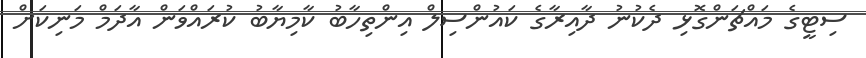
ސިޓީގެ މައްޗަންގޮޅި ދެކުނު ދާއިރާގެ ކައުންސިލް އިންތިހާބު ކާމިޔާބު ކުރައްވަން އާދަމް މަނިކަށް